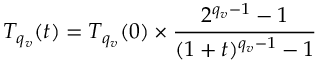
T _ { q _ { v } } ( t ) = T _ { q _ { v } } ( 0 ) \times \frac { 2 ^ { q _ { v } - 1 } - 1 } { ( 1 + t ) ^ { q _ { v } - 1 } - 1 }